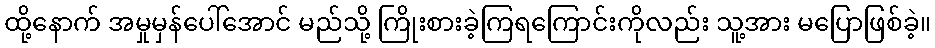
ထို့နောက် အမှုမှန်ပေါ်အောင် မည်သို့ ကြိုးစားခဲ့ကြရကြောင်းကိုလည်း သူ့အား မပြောဖြစ်ခဲ့။